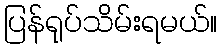
ပြန်ရုပ်သိမ်းရမယ်။